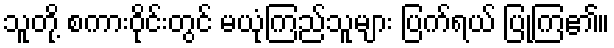
သူတို့ စကားဝိုင်းတွင် မယုံကြည်သူများ ပြက်ရယ် ပြုကြ၏။